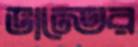
ভান্তের